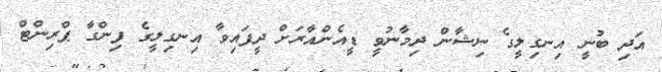
އަދި ބުނީ އިނގިލީގެ ނިޝާން ދިމާނުވީ ޑީއެންއާރަށް ދީފައިވާ އިނގިލީގެ ފިންގާ ޕްރިންޓް